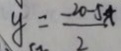
y = \frac { - 2 0 - 5 x } { 2 }